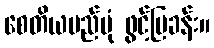
စေတိယမည်ပုံ ဖွင့်ပြခန်း။